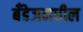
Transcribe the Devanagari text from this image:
बँडेजमधील